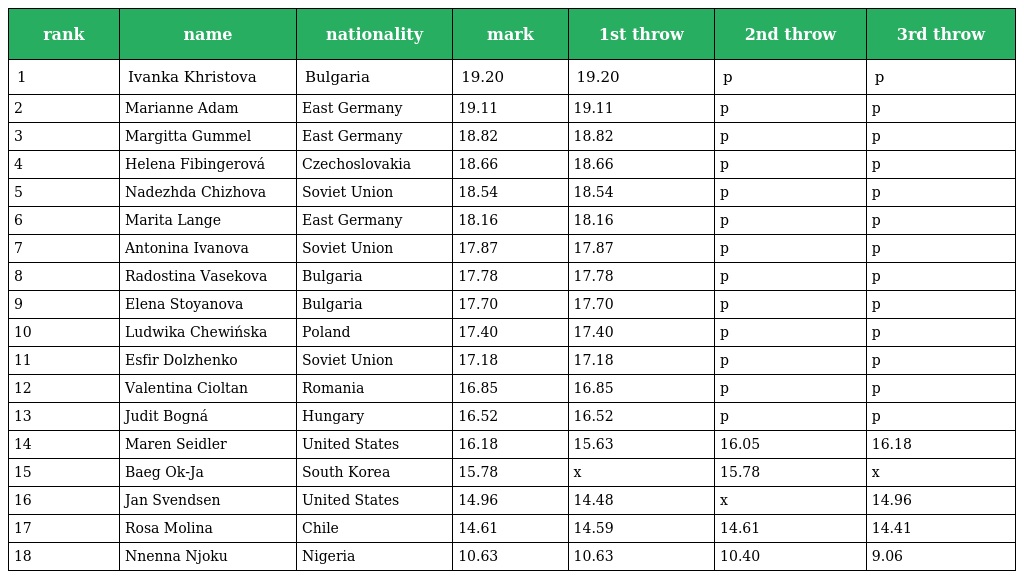
| rank | name | nationality | mark | 1st throw | 2nd throw | 3rd throw |
 | --- | --- | --- | --- | --- | --- | --- |
 | 1 | Ivanka Khristova | Bulgaria | 19.20 | 19.20 | p | p |
 | 2 | Marianne Adam | East Germany | 19.11 | 19.11 | p | p |
 | 3 | Margitta Gummel | East Germany | 18.82 | 18.82 | p | p |
 | 4 | Helena Fibingerová | Czechoslovakia | 18.66 | 18.66 | p | p |
 | 5 | Nadezhda Chizhova | Soviet Union | 18.54 | 18.54 | p | p |
 | 6 | Marita Lange | East Germany | 18.16 | 18.16 | p | p |
 | 7 | Antonina Ivanova | Soviet Union | 17.87 | 17.87 | p | p |
 | 8 | Radostina Vasekova | Bulgaria | 17.78 | 17.78 | p | p |
 | 9 | Elena Stoyanova | Bulgaria | 17.70 | 17.70 | p | p |
 | 10 | Ludwika Chewińska | Poland | 17.40 | 17.40 | p | p |
 | 11 | Esfir Dolzhenko | Soviet Union | 17.18 | 17.18 | p | p |
 | 12 | Valentina Cioltan | Romania | 16.85 | 16.85 | p | p |
 | 13 | Judit Bogná | Hungary | 16.52 | 16.52 | p | p |
 | 14 | Maren Seidler | United States | 16.18 | 15.63 | 16.05 | 16.18 |
 | 15 | Baeg Ok-Ja | South Korea | 15.78 | x | 15.78 | x |
 | 16 | Jan Svendsen | United States | 14.96 | 14.48 | x | 14.96 |
 | 17 | Rosa Molina | Chile | 14.61 | 14.59 | 14.61 | 14.41 |
 | 18 | Nnenna Njoku | Nigeria | 10.63 | 10.63 | 10.40 | 9.06 |